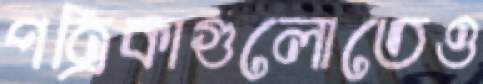
পত্রিকাগুলোতেও